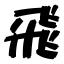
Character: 飛